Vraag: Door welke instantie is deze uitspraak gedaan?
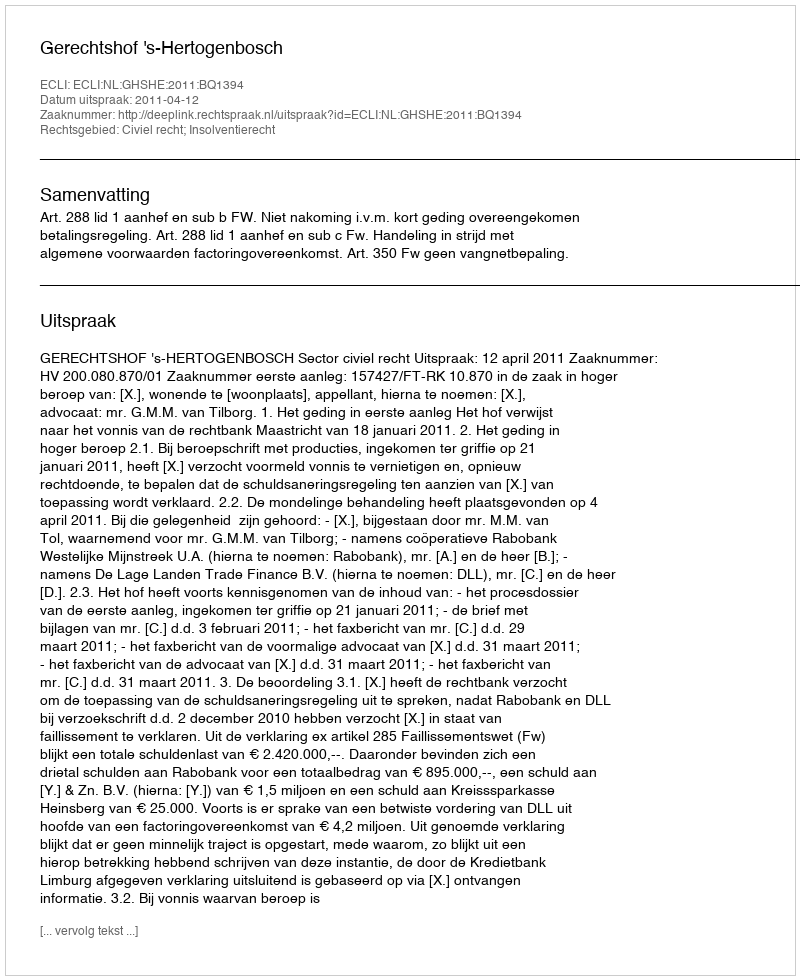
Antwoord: Gerechtshof 's-Hertogenbosch